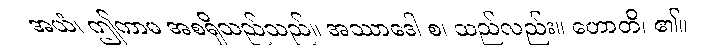
အယံ၊ ဤကာမ အစရှိသည်သည်။ အဿာဒေါ စ၊ သည်လည်း။ ဟောတိ၊ ၏။